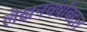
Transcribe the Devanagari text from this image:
लेखनवर्षांबद्दल